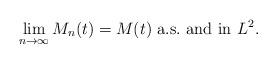
LaTeX: \begin{align*} \lim_{n\to\infty} M_n(t) = M(t)\ \mbox{a.s.\ and in}\ L^2. \end{align*}